Annual administration report of the Civil Veterinary Department, Ajmere-Merwara, British Rajputana - 1914-1940
Year: 1914
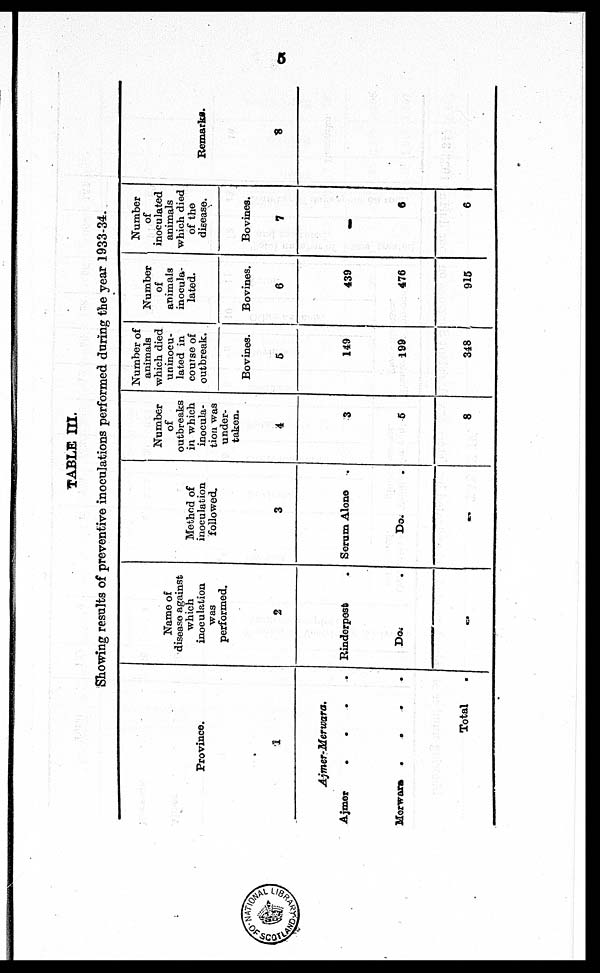
5
TABLE III.
Showing results of preventive inoculations performed during the year 1933-34.
Province.
1
Ajmer-Merwara.
Ajmer
.
.
.
.
Merwara . . . .
Total .
Name of
disease against
which
inoculation
was
performed.
2
Rinderpest .
Do. .
..
Method of
inoculation
followed.
3
Serum Alone.
Do. .
..
Number
of
outbreaks
in which
inocula-
tion was
under-
taken.
4
3
5
8
Number of
animals
which died
uninocu-
lated in
course of
outbreak.
Bovines.
5
149
199
348
Number
of
animals
inocula¬
lated.
Bovines.
6
439
476
915
Number
of
inoculated
animals
which died
of the
disease.
Bovines.
7
..
6
6
Remarks.
8